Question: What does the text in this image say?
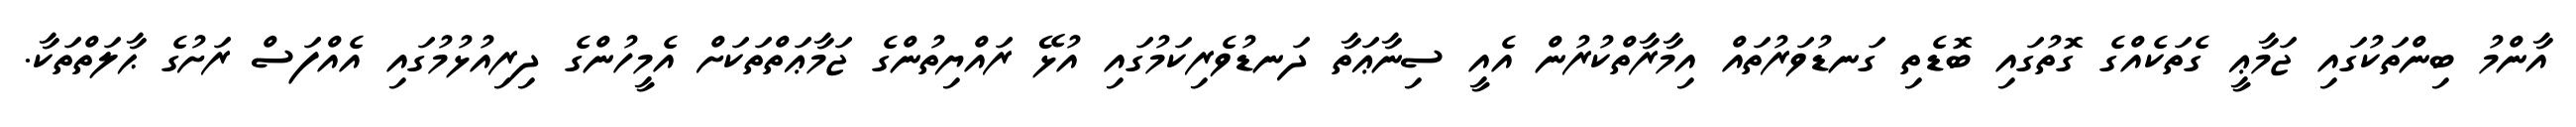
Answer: އާންމު ބިންތަކުގައި ޖަމާޢީ ގެތަކެއްގެ ގޮތުގައި ބޮޑެތި ގަނޑުވަރުތައް އިމާރާތްކުރުން އެއީ ސިނާޢަތާ ދަނޑުވެރިކަމުގައި އުޅޭ ރައްޔިތުންގެ ޖަމާޢަތްތަކަށް އެމީހުންގެ ދިރިއުޅުމުގައި އެއްފަސް ރަށުގެ ޙާލަތްތަކާ.